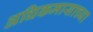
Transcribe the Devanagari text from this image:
अधिकमासाच्या